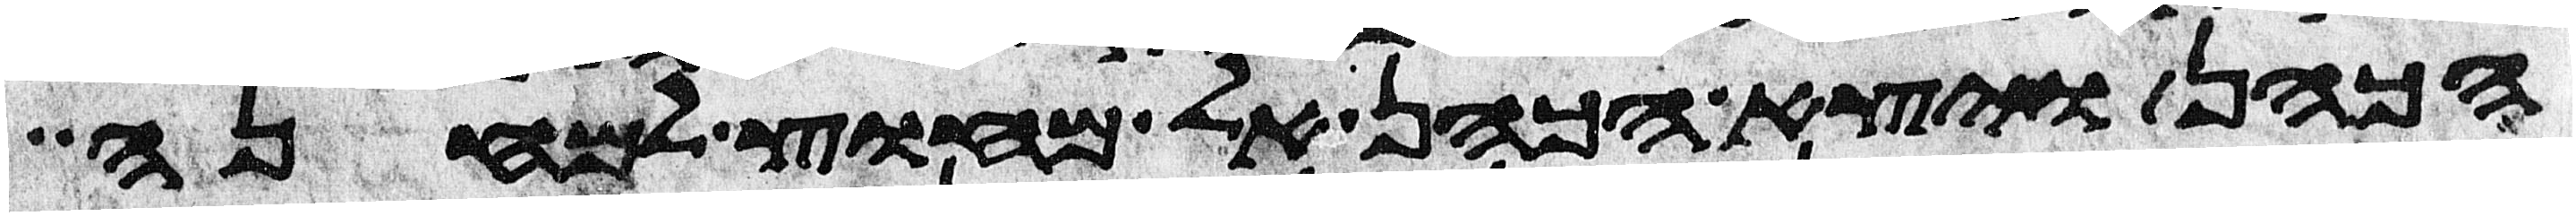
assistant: הכהן ויצא הכהן אל מחוץ למחנה